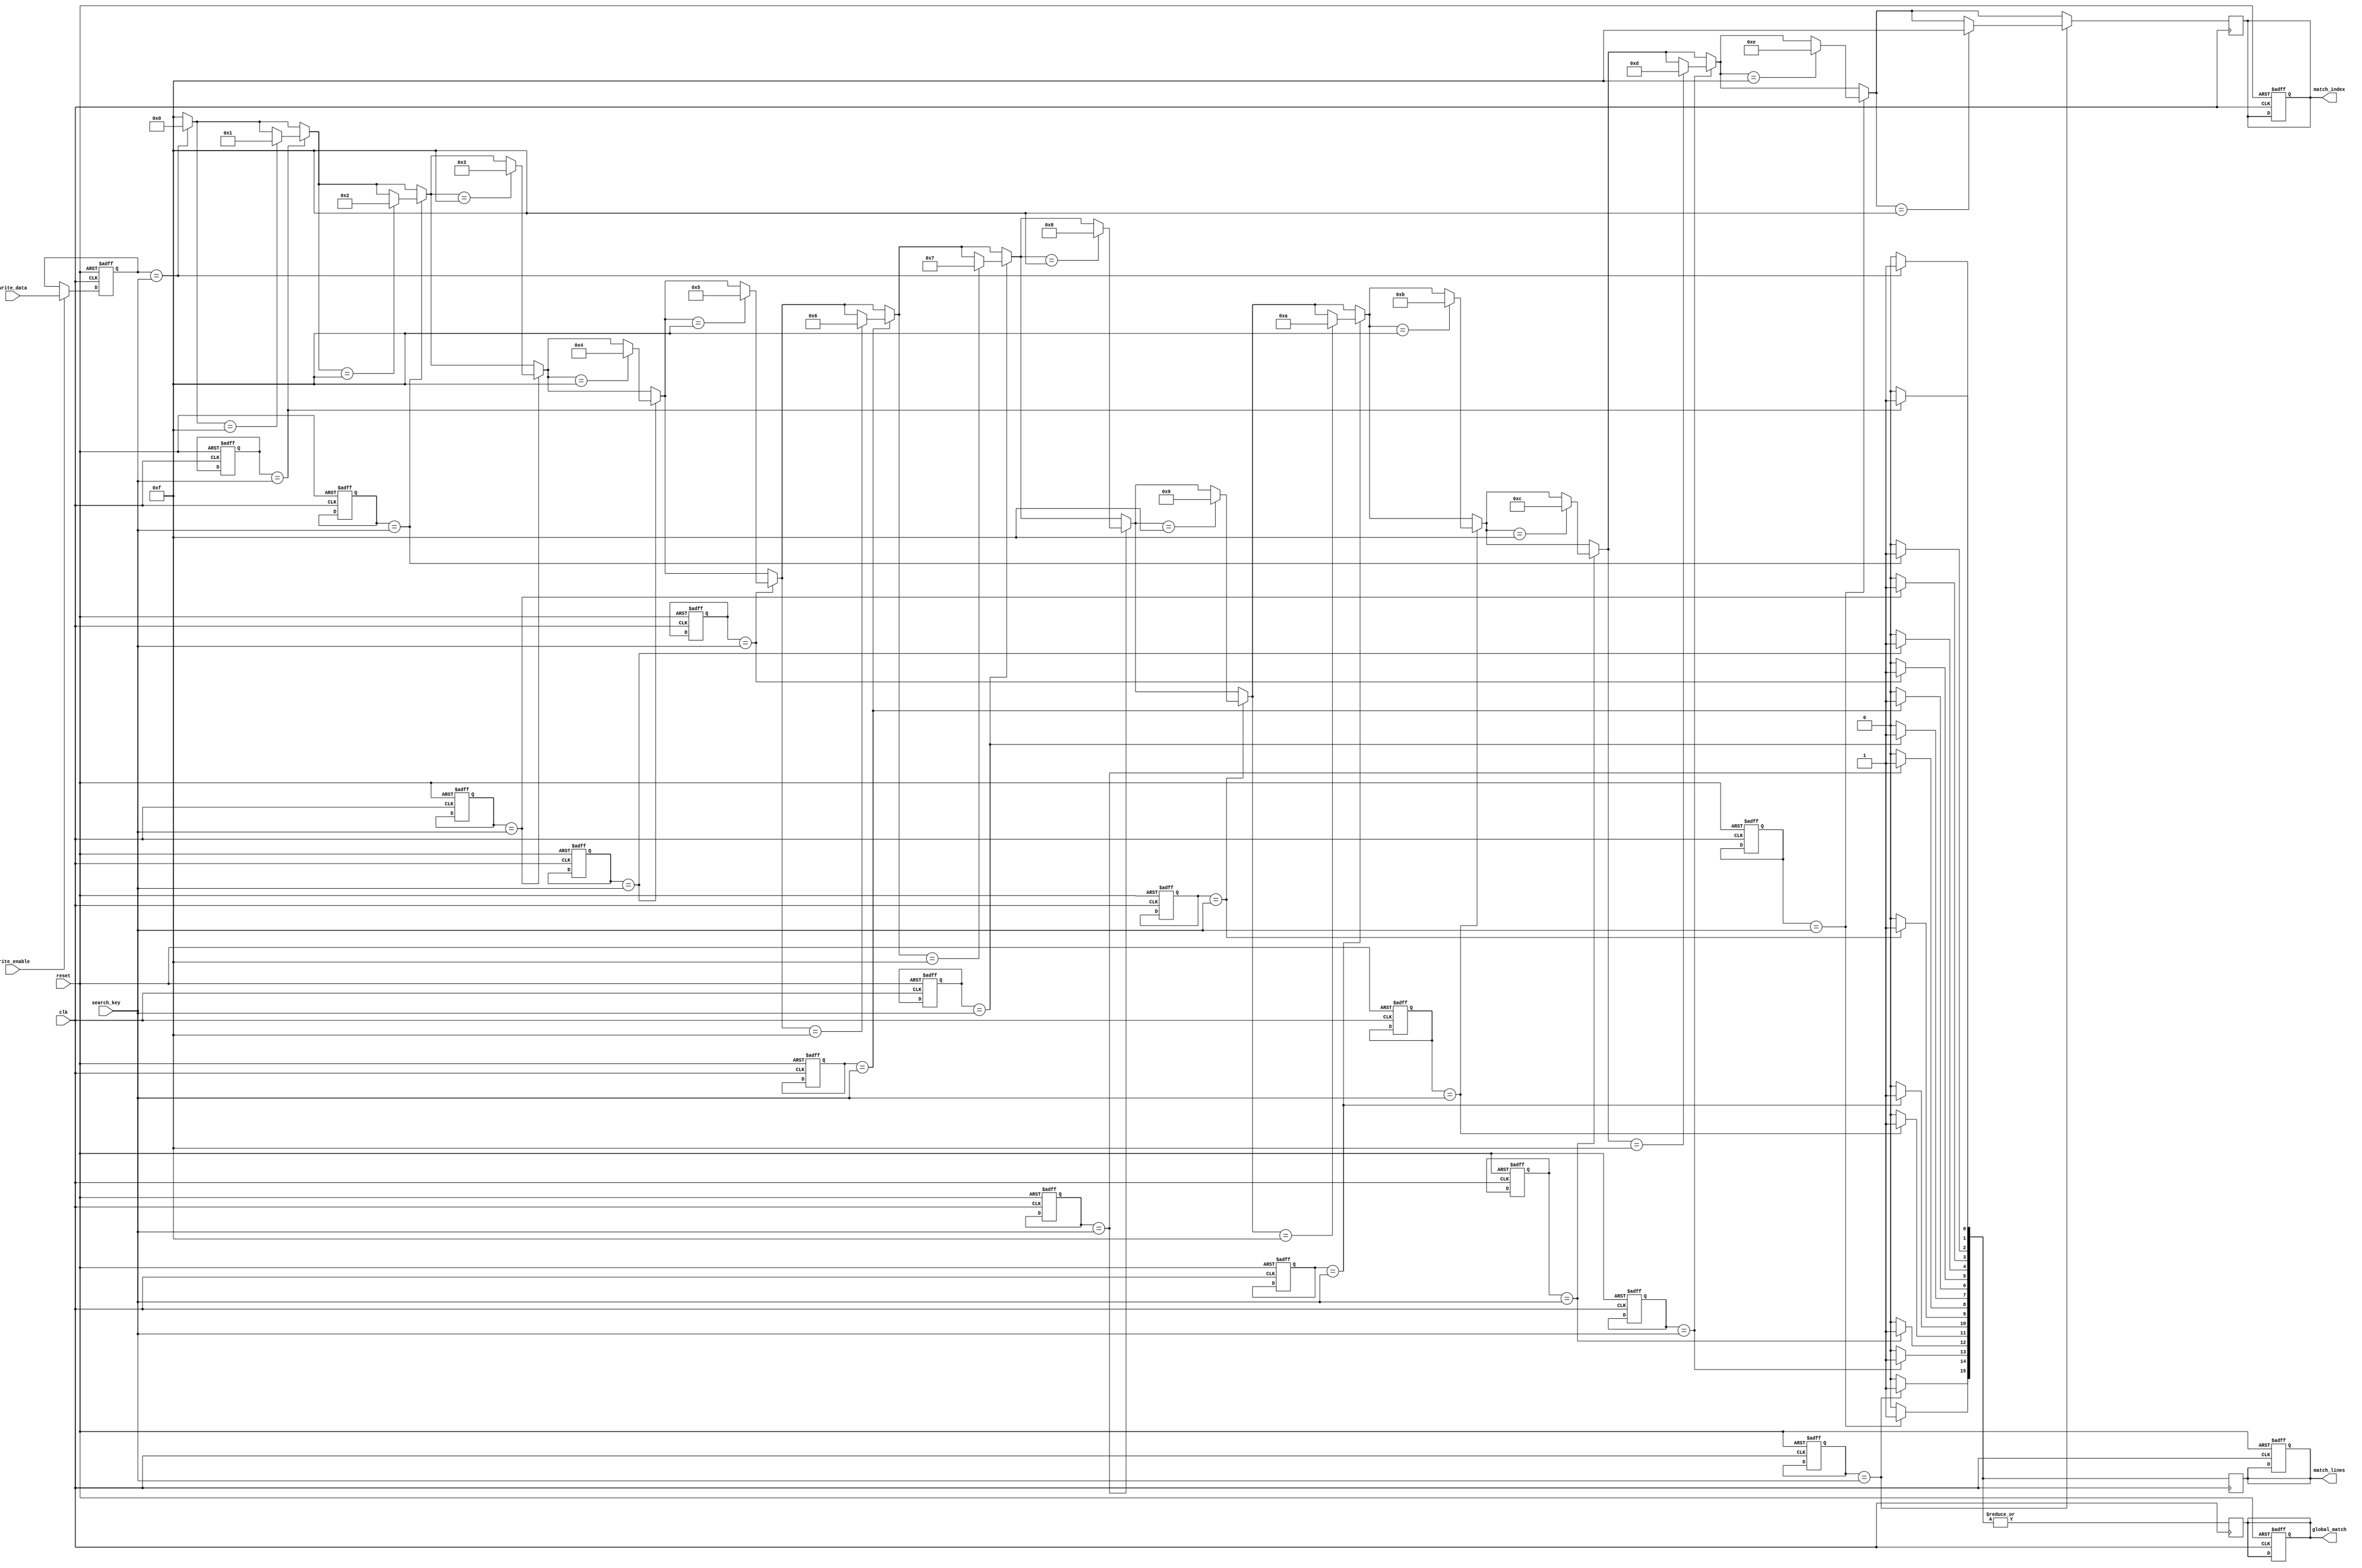
module ColumnBasedCAM #(
    parameter W = 8, // Word length in bits
    parameter N = 16 // Number of entries
)(
    input wire clk,
    input wire reset,
    input wire [W-1:0] search_key, // Input search key
    input wire [W-1:0] write_data,  // Data to write
    input wire write_enable,         // Write enable signal
    output reg [N-1:0] match_lines,  // Match lines for each entry
    output reg [3:0] match_index,     // Index of the first match
    output reg global_match           // Global match line
);

    // Memory array to store entries
    reg [W-1:0] memory [0:N-1];

    // Internal signals for matching
    integer i;
    reg [N-1:0] temp_match_lines;

    // Write operation
    always @(posedge clk or posedge reset) begin
        if (reset) begin
            // Reset memory
            for (i = 0; i < N; i = i + 1) begin
                memory[i] <= {W{1'b0}};
            end
            match_lines <= {N{1'b0}};
            match_index <= 4'b1111; // No match
            global_match <= 1'b0;
        end else if (write_enable) begin
            // Write data to memory
            memory[0] <= write_data; // For simplicity, writing to the first entry
            // Additional logic can be added to write to specific entries
        end
    end

    // Search operation
    always @(posedge clk) begin
        temp_match_lines = {N{1'b0}};
        global_match = 1'b0;
        match_index = 4'b1111; // Default to no match

        // Compare search key with each entry
        for (i = 0; i < N; i = i + 1) begin
            if (memory[i] == search_key) begin
                temp_match_lines[i] = 1'b1; // Set match line for this entry
                if (match_index == 4'b1111) begin
                    match_index = i[3:0]; // Store the first match index
                end
            end
        end

        // Update match lines and global match
        match_lines <= temp_match_lines;
        global_match <= |temp_match_lines; // Set global match if any match line is high
    end

endmodule